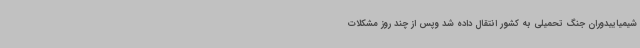
شیمیاییدوران جنگ تحمیلی به کشور انتقال داده شد وپس از چند روز مشکلات